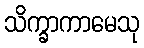
သိက္ခာကာမေသု